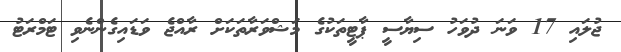
ޖުލައި 17 ވަނަ ދުވަހު ސިޔާސީ ޕާޓީތަކުގެ މަޝްވަރާތަކަށް ރާއްޖެ ވަޑައިގެންނެވި ޓަމްރަޓު